Annual administration and progress report of the Indian Medical Department, Bombay
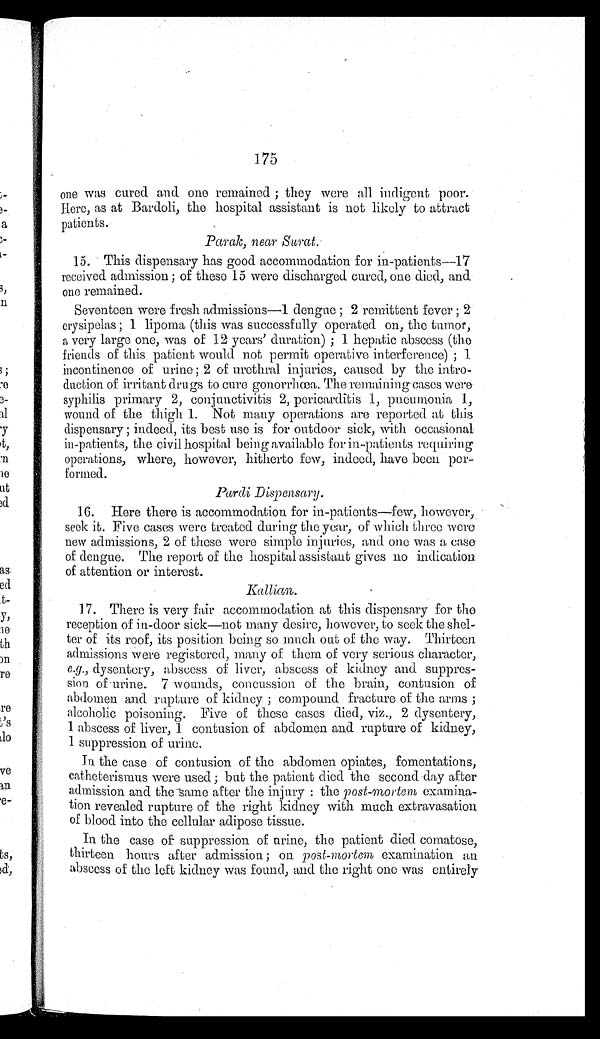
175
one was cured and one remained ; they were all indigent poor.
Here, as at Bardoli, the hospital assistant is not likely to attract
patients.
Parak, near Surat .
15. This dispensary has good accommodation for in-patients—17
received admission ; of these 15 were discharged cured, one died, and
one remained.
Seventeen were fresh admissions—1 dengue ; 2 remittent fever ; 2
crysipelas ; 1 lipoma (this was successfully operated on, the tumor,
a very large one, was of 12 years' duration) ; 1 hepatic abscess (the
friends of this patient would not permit operative interference) ; 1
incontinence of urine ; 2 of urethral injuries, caused by the intro
-
duction of irritant drugs to cure gonorrhœa. The remaining cases were
syphilis primary 2, conjunctivitis 2, pericarditis 1, pneumonia 1,
wound of the thigh 1. Not many operations are reported at this
dispensary ; indeed, its best use is for outdoor sick, with occasional
in-patients, the civil hospital being available for in-patients requiring
operations, where, however, hitherto few, indeed, have been per-
formed.
Pardi Dispensary.
16. Here there is accommodation for in-patients—few, however,
seek it. Five cases were treated during the year, of which three were
new admissions, 2 of these were simple injuries, and one was a case
of dengue. The report of the hospital assistant gives no indication
of attention or interest.
K a l l i a n .
17. There is very fair accommodation at this dispensary for the
reception of in-door sick—not many desire, however, to seek the shel
-
ter of its roof, its position being so mach out of the way. Thirteen
admissions were registered, many of them of very serious character,
e.g., dysentery, abscess of liver, abscess of kidney and suppres
-
sion of urine. 7 wounds, concussion of the brain, contusion of
abdomen and rupture of kidney ; compound fracture of the arms ;
alcoholic poisoning. Five of these cases died, viz., 2 dysentery,
1 abscess of liver, 1 contusion of abdomen and rupture of kidney,
1 suppression of urine.
In the case of contusion of the abdomen opiates, fomentations,
catheterismus were used ; but the patient died the second day after
admission and the same after the injury : the post-mortem examina-
-tion revealed rupture of the right kidney with much extravasation
of blood into the cellular adipose tissue.
In the case of suppression of urine, the patient died comatose,
thirteen hours after admission ; on post-mortem examination an
abscess of the left kidney was found, and the right one was entirely